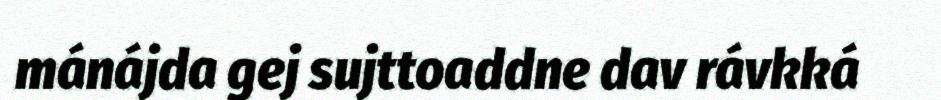
mánájda gej sujttoaddne dav rávkká